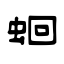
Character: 蛔